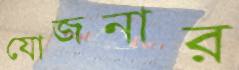
যোজনার